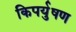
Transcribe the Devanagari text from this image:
किपर्युषण